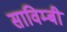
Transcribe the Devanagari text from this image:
साविम्बी